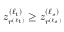
z _ { r ^ { ( \ell _ { t } ) } } ^ { ( \ell _ { t } ) } \geq z _ { r ^ { ( \ell _ { s } ) } } ^ { ( \ell _ { s } ) }